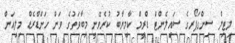
ލިޓިލް ސިންގަޕޯރގެ ސައިލެންޓް ޑްރީމް ކާމިޔާބު ކުރެވޭނީ މިބާވަތުގެ ވަން ހަންޑްރެޑް މިލިއަން